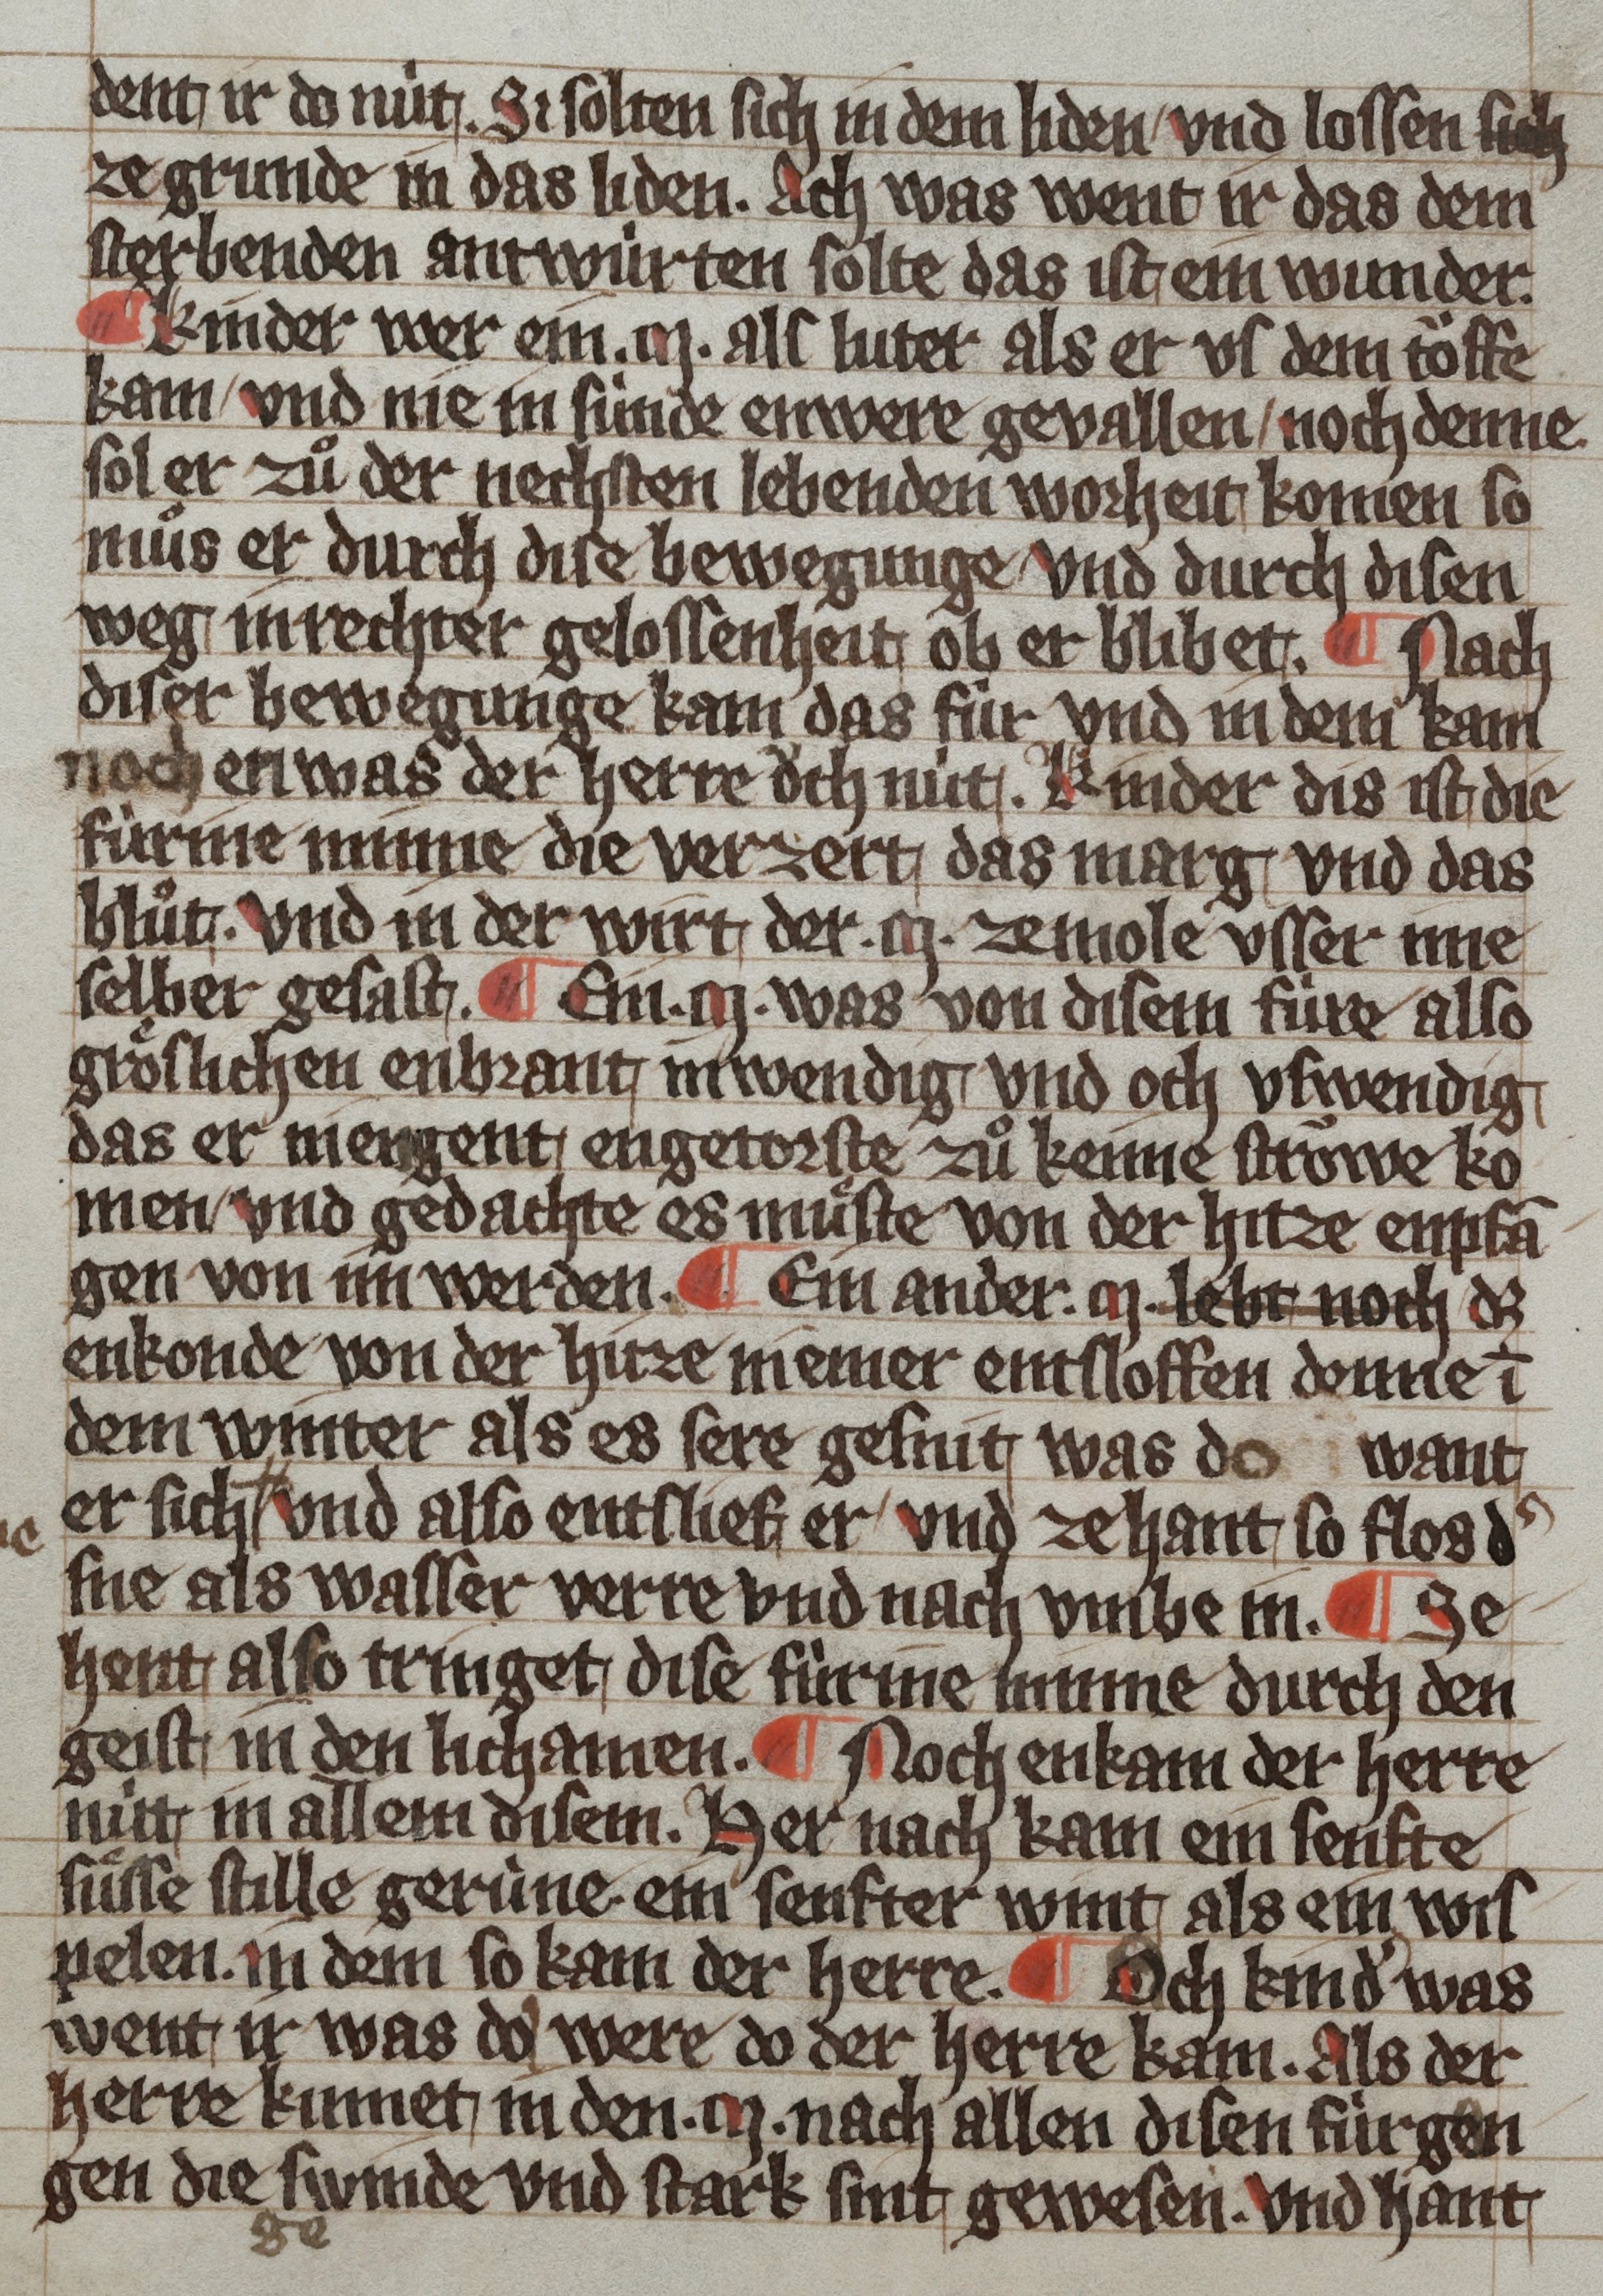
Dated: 1359–1359